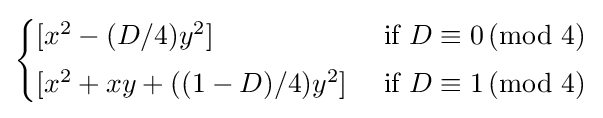
{\begin{cases}[x^{2}-(D/4)y^{2}]&{\text{ if }}D\equiv 0\,(\mathrm {mod} \,\,4)\\[1mm][x^{2}+xy+((1-D)/4)y^{2}]&{\text{ if }}D\equiv 1\,(\mathrm {mod} \,\,4)\end{cases}}